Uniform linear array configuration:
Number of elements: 32
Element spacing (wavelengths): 0.5
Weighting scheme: hann
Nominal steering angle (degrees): -60
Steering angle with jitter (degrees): -60.522
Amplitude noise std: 0.05
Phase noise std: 0.05

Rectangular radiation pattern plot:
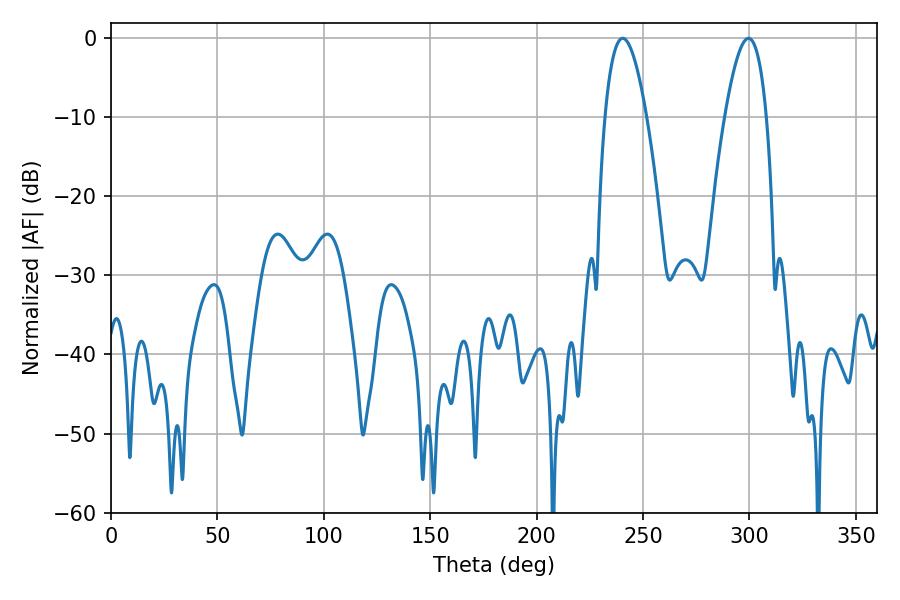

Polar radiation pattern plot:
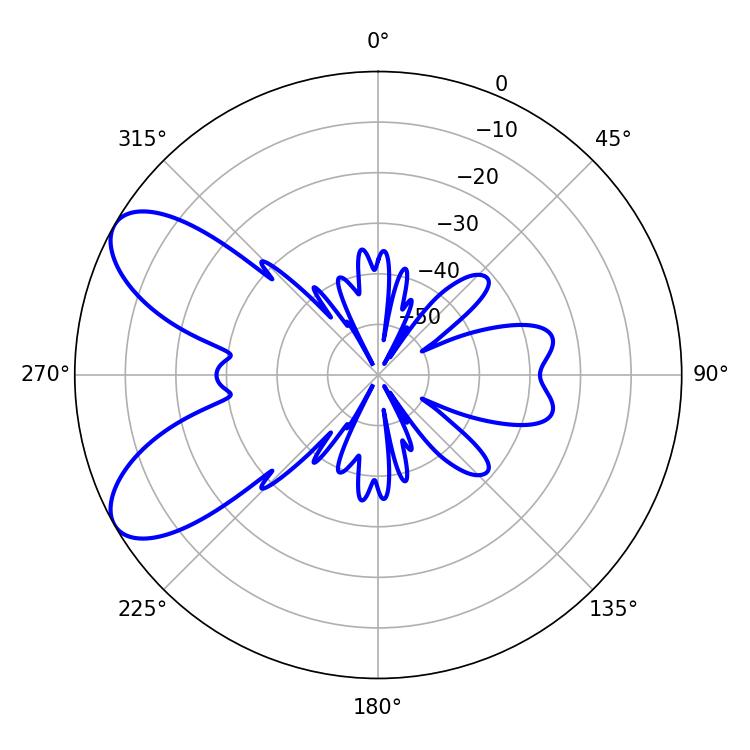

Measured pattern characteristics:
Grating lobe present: FALSE
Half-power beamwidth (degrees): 10.8
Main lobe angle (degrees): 240.48